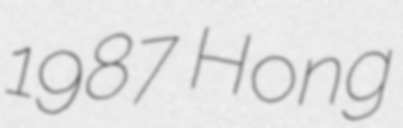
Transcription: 1987 Hong